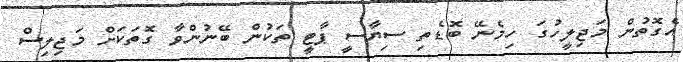
އެގޮތުން މަޖިލީހުގަ ހިމެނޭ ބޮޑެތި ސިޔާސީ ޕާޓީ ތަކުން ބޭނުންވާ ގޮތަކަށް މަޖިލިސް